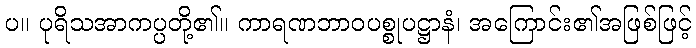
ပ။ ပုရိသအာကပ္ပတို့၏။ ကာရဏဘာဝပစ္စုပဋ္ဌာနံ၊ အကြောင်း၏အဖြစ်ဖြင့်